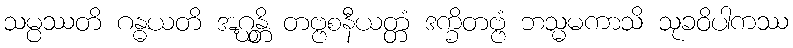
သမ္ပဿတိ ဂန္ဓယတိ အဂ္ဃန္တိ တဗ္ဗစနီယတ္တံ ဒက္ခိတဗ္ဗံ ဘသ္မမကာသိ သုခဝိပါကဿ